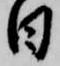
日